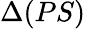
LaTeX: \Delta(PS)